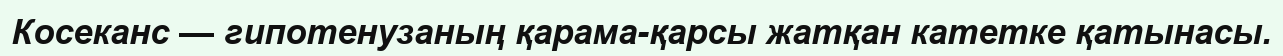
Косеканс — гипотенузаның қарама-қарсы жатқан катетке қатынасы.